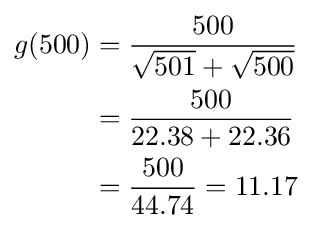
{\begin{alignedat}{3}g(500)&={\frac {500}{{\sqrt {501}}+{\sqrt {500}}}}\\&={\frac {500}{22.38+22.36}}\\&={\frac {500}{44.74}}=11.17\end{alignedat}}